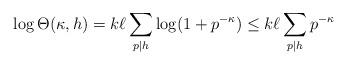
LaTeX: \begin{align*} \log \Theta(\kappa,h)=k \ell \sum_{p \mid h} \log(1+p^{-\kappa}) \le k\ell \sum_{p \mid h} p^{-\kappa} \end{align*}